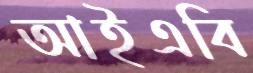
আইএবি